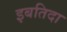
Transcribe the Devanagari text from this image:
इबतिदा